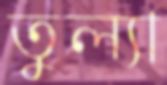
তুল্যা